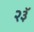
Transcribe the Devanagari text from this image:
२३ॅ